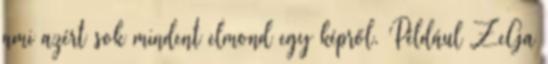
ami azért sok mindent elmond egy képről. Például ZeGa